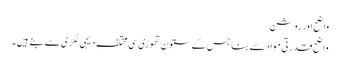
واضح اور روشن
واضح قدرتی مواد سے بنا جس کے ستون تھوڑی سی مختلف دیہی لکڑی سے بنے ہیں۔